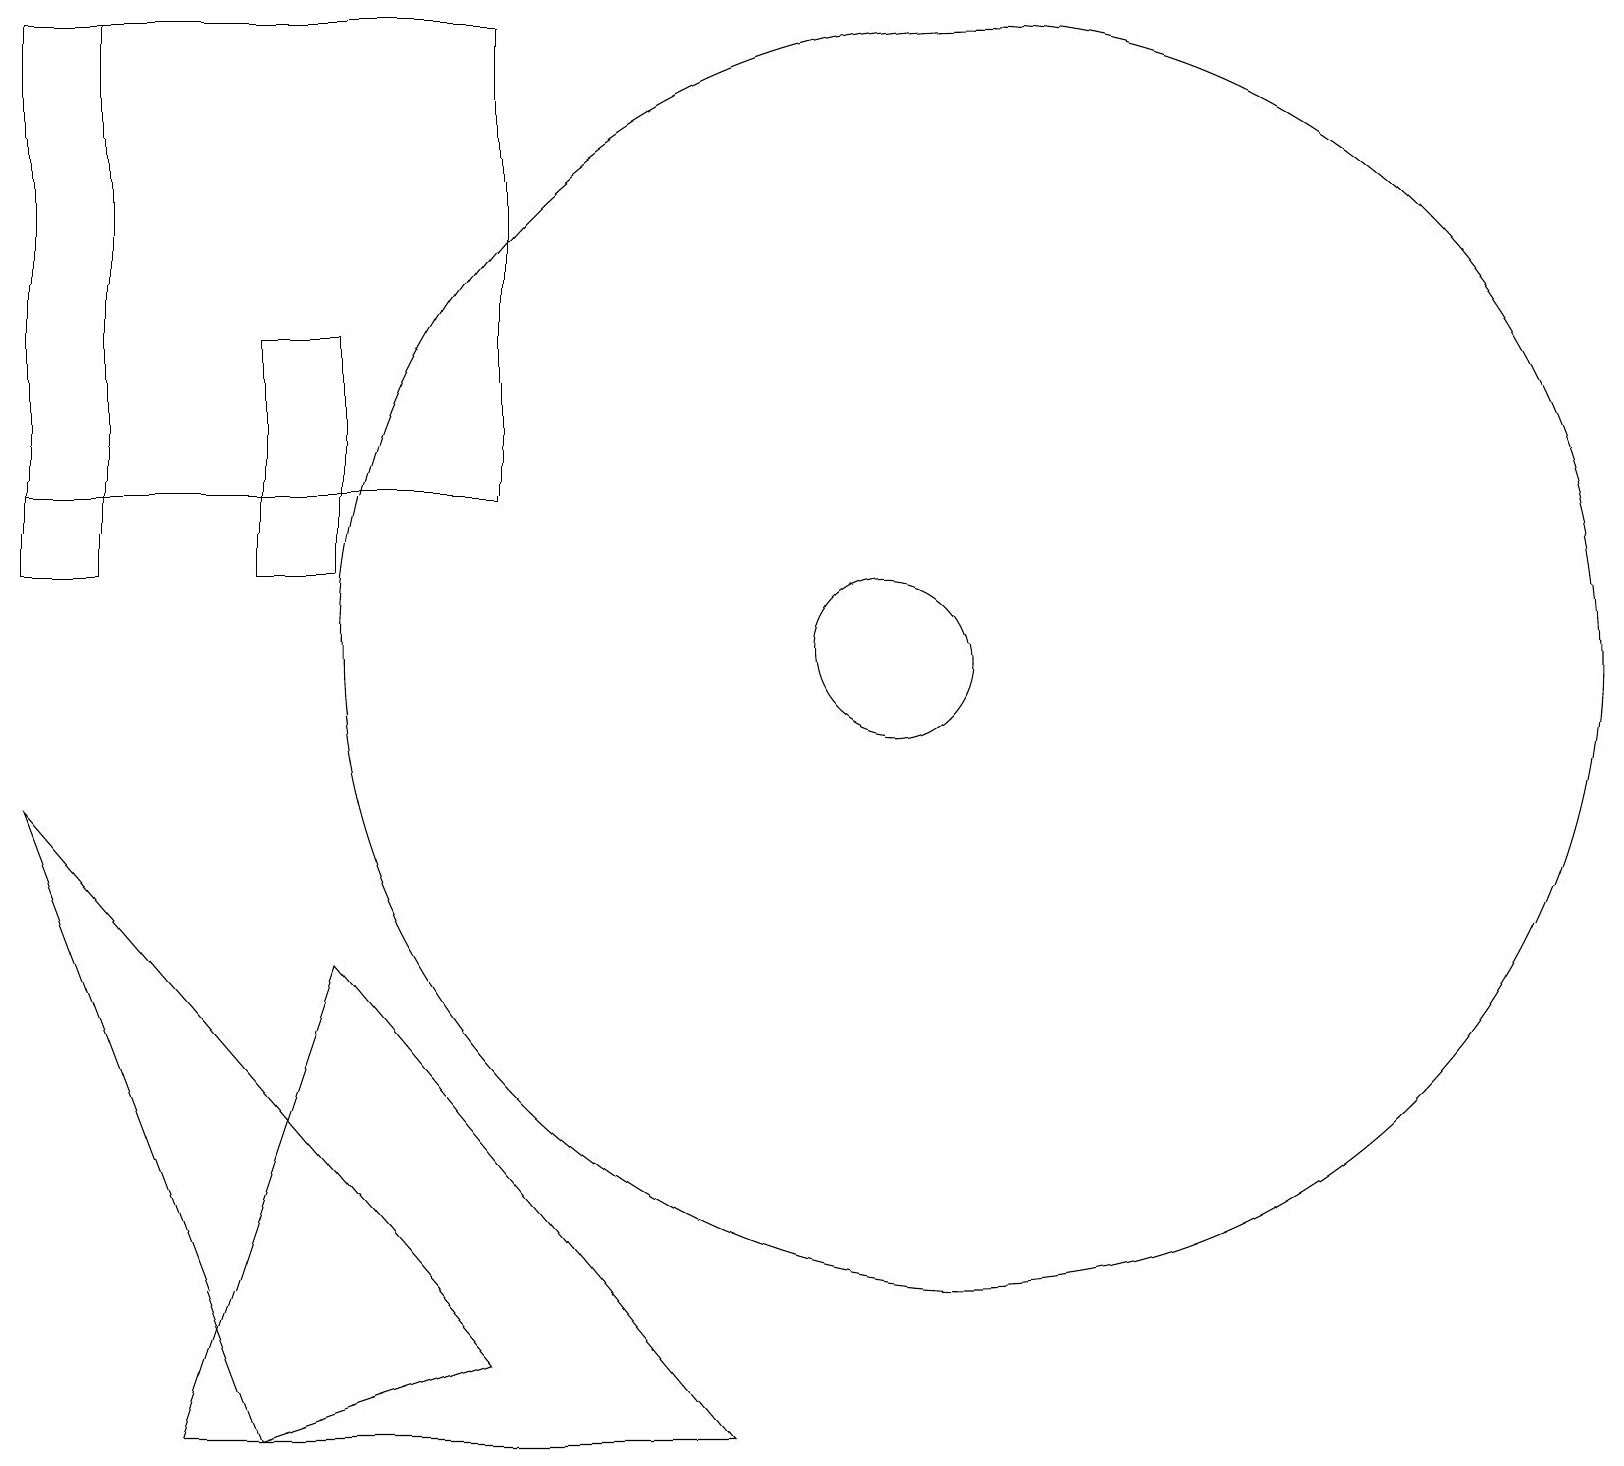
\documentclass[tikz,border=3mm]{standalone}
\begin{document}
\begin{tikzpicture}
\draw (0,8) -- (3,0) -- (6,1) -- cycle;
\draw (4,6) -- (2,0) -- (9,0) -- cycle;
\draw (11,12) circle (0);
\draw (11,10) circle (1);
\draw (0,12) rectangle (6,18);
\draw (0,18) rectangle (1,11);
\draw (3,11) rectangle (4,14);
\draw (12,10) circle (8);
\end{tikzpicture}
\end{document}